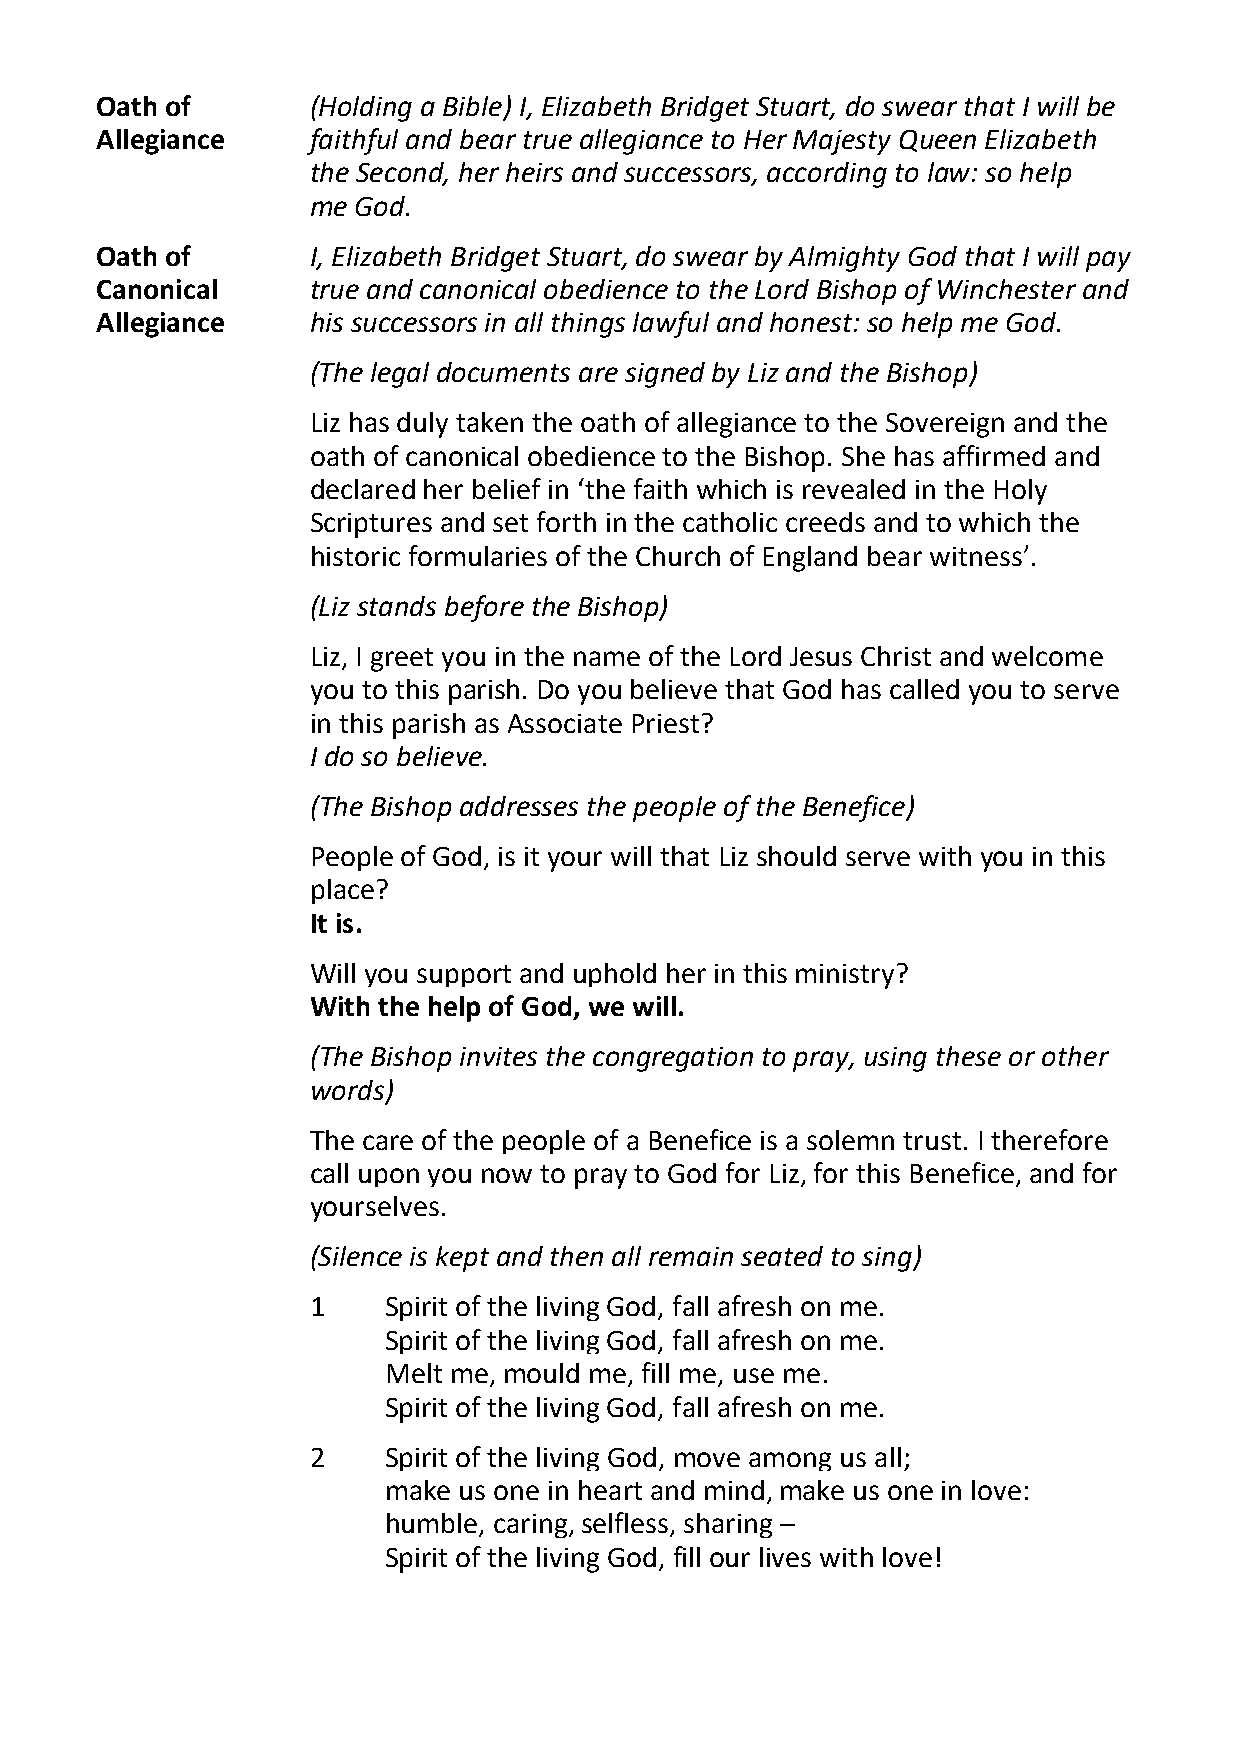
Oath of       (Holding a Bible) I, Elizabeth Bridget Stuart, do swear that I will be
 Allegiance    faithful and bear true allegiance to Her Majesty Queen Elizabeth
 the Second, her heirs and successors, according to law: so help
 me God.
 Oath of       I, Elizabeth Bridget Stuart, do swear by Almighty God that I will pay
 Canonical     true and canonical obedience to the Lord Bishop of Winchester and
 Allegiance    his successors in all things lawful and honest: so help me God.
 (The legal documents are signed by Liz and the Bishop)
 Liz has duly taken the oath of allegiance to the Sovereign and the
 oath of canonical obedience to the Bishop. She has affirmed and
 declared her belief in ‘the faith which is revealed in the Holy
 Scriptures and set forth in the catholic creeds and to which the
 historic formularies of the Church of England bear witness’.
 (Liz stands before the Bishop)
 Liz, I greet you in the name of the Lord Jesus Christ and welcome
 you to this parish. Do you believe that God has called you to serve
 in this parish as Associate Priest?
 I do so believe.
 (The Bishop addresses the people of the Benefice)
 People of God, is it your will that Liz should serve with you in this
 place?
 It is.
 Will you support and uphold her in this ministry?
 With the help of God, we will.
 (The Bishop invites the congregation to pray, using these or other
 words)
 The care of the people of a Benefice is a solemn trust. I therefore
 call upon you now to pray to God for Liz, for this Benefice, and for
 yourselves.
 (Silence is kept and then all remain seated to sing)
 1    Spirit of the living God, fall afresh on me.
 Spirit of the living God, fall afresh on me.
 Melt me, mould me, fill me, use me.
 Spirit of the living God, fall afresh on me.
 2    Spirit of the living God, move among us all;
 make us one in heart and mind, make us one in love:
 humble, caring, selfless, sharing –
 Spirit of the living God, fill our lives with love!